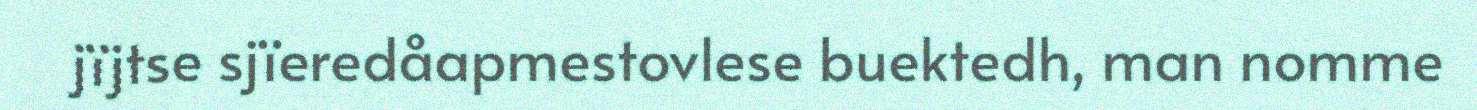
jïjtse sjïeredåapmestovlese buektedh, man nomme